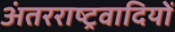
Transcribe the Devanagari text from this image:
अंतरराष्ट्रवादियों